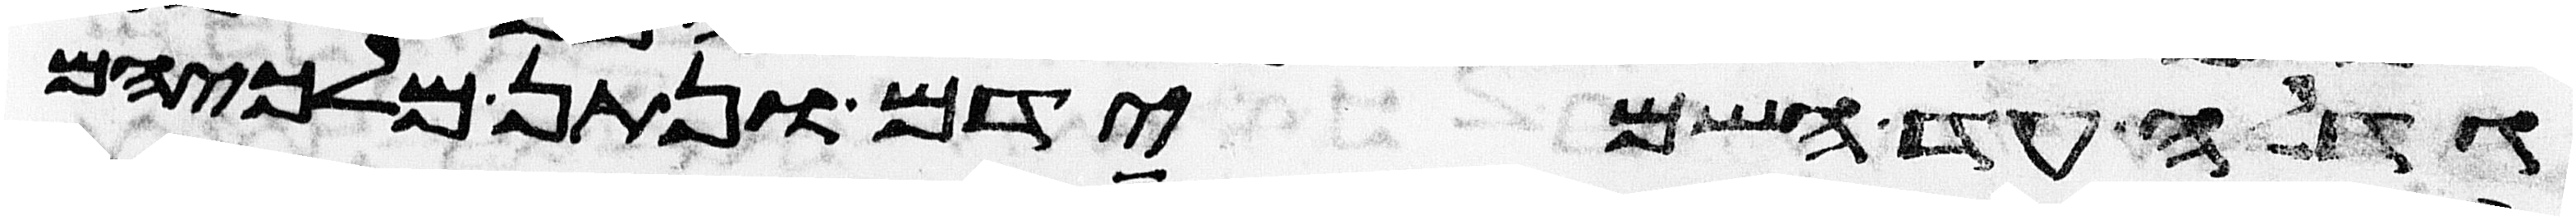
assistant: גדלה עד השמידם ונתן מלכיהם